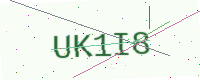
Text: UK1I8